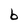
Character: b